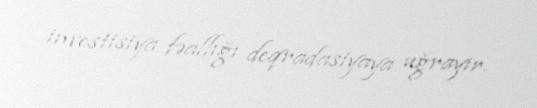
investisiya fəallığı deqradasiyaya uğrayır.